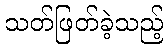
သတ်ဖြတ်ခဲ့သည့်